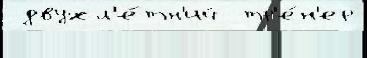
 двухл'е́тн'ий  тр'е́н'ер